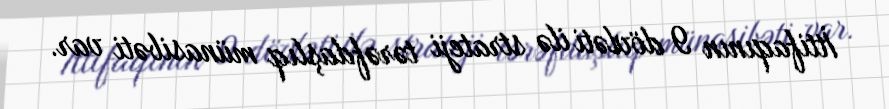
İttifaqının 9 dövləti ilə strateji tərəfdaşlıq münasibəti var.